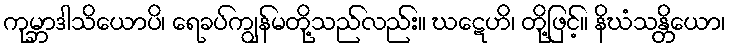
ကုမ္ဘာဒါသိယောပိ၊ ရေခပ်ကျွန်မတို့သည်လည်း။ ဃဋေဟိ၊ တို့ဖြင့်။ နိဃံသန္တိယော၊